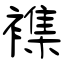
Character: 襍